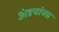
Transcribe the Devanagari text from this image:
अंडयांच्या